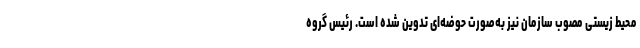
محیط زیستی مصوب سازمان نیز به‌صورت حوضه‌ای تدوین شده است. رئیس گروه